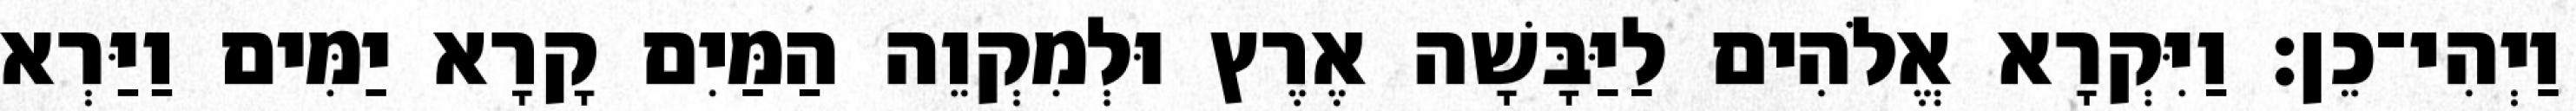
וַיְהִי־כֵן׃ וַיִּקְרָא אֱלֹהִים לַיַּבָּשָׁה אֶרֶץ וּלְמִקְוֵה הַמַּיִם קָרָא יַמִּים וַיַּרְא